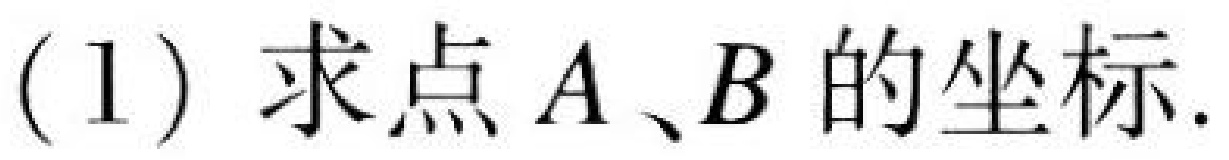
(1) 求点 \(A、B\) 的坐标.